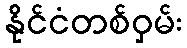
နိုင်ငံတစ်ဝှမ်း